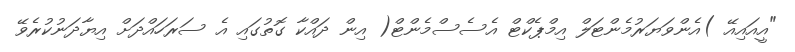
"އީއައިއޭ )އެންވަޔަރުމެންޓަލް އިމްޕެކްޓް އެސެސްމެންޓް( އިން ދައްކާ ގޮތުގައި އެ ސަރަހައްދަށް އިޔާދަނުކުރެވޭ